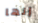
إنها